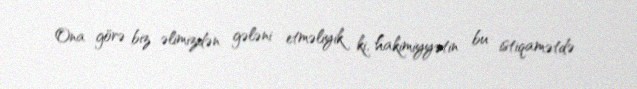
Ona görə biz əlimizdən gələni etməliyik ki, hakimiyyətin bu istiqamətdə